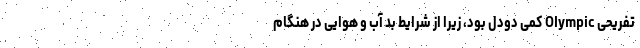
تفریحی Olympic کمی دودل بود، زیرا از شرایط بد آب و هوایی در هنگام